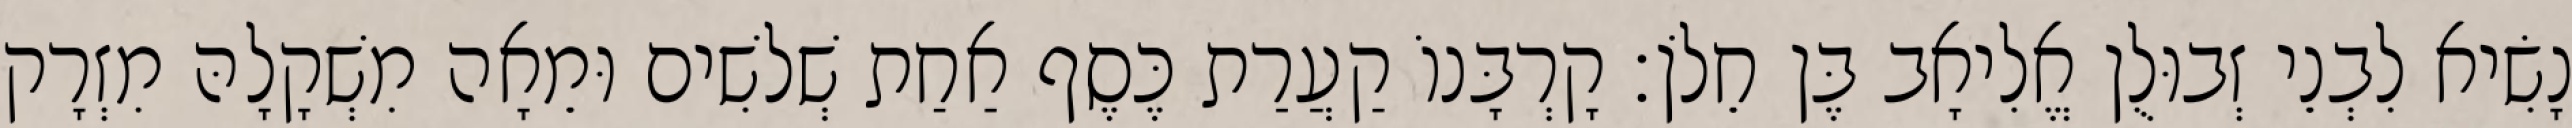
נָשִׂיא לִבְנֵי זְבוּלֻן אֱלִיאָב בֶּן חֵלֹן׃ קָרְבָּנוֹ קַעֲרַת כֶּסֶף אַחַת שְׁלשִׁים וּמֵאָה מִשְׁקָלָהּ מִזְרָק